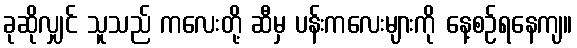
ခုဆိုလျှင် သူသည် ကလေးတို့ ဆီမှ ပန်းကလေးများကို နေ့စဉ်ရနေကျ။